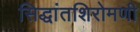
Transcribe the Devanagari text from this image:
सिद्धांतशिरोमणी